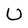
Character: U